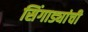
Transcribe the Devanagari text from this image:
सिंगाड्यांची